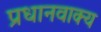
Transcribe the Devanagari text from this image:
प्रधानवाक्य